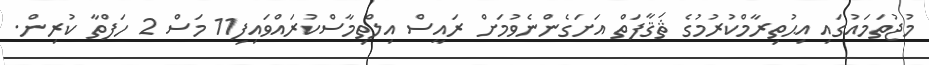
މުޖުތަމައުގައި އިޙުތިރާމްކުރުމުގެ ޘަޤާފަތް އަށަގެންނެވުމަށް ރައީސް އިލްތިމާސްކުރައްވައިފި11 މަސް 2 ހަފްތާ ކުރިން.